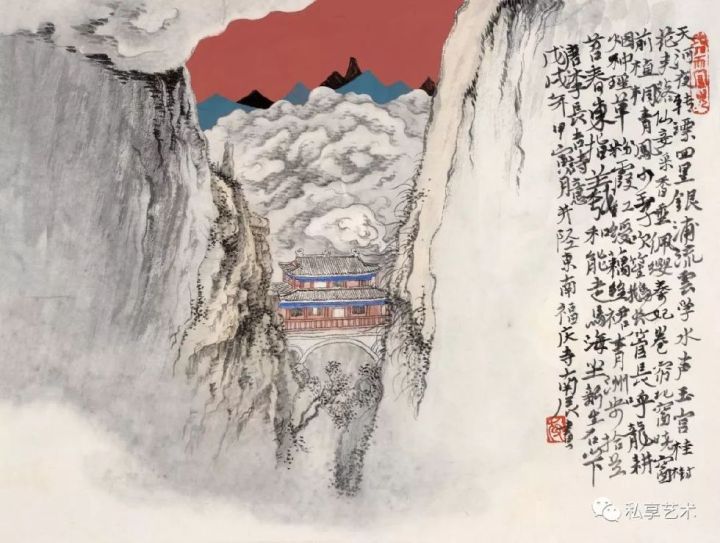
东指羲和能走马，海尘新生石山下。